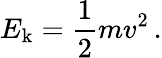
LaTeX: E_{\mathrm{k}}={\frac{1}{2}}mv^{2}\, .